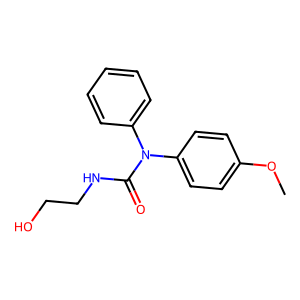
SMILES: COc1ccc(N(C(=O)NCCO)c2ccccc2)cc1
Inhibits HIV replication: No